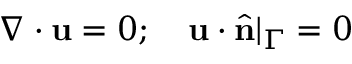
\nabla \cdot \mathbf { u } = 0 ; \quad \mathbf { u } \cdot \hat { \mathbf { n } } | _ { \Gamma } = 0